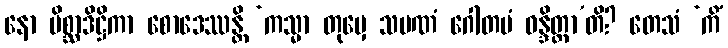
နော မိစ္ဆာဒိဋ္ဌိကာ စောဒေဿန္တိ ‘ကသ္မာ တုမှေ သမဏံ ဂေါတမံ ဝန္ဒိတ္ထာ’တိ? တေသံ ‘ကိံ